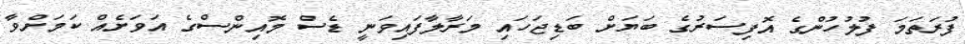
ފުރަތަމަ ފުލުހުންގެ އޮފިސަރުގެ ބަޔަށް ބަޑިޖަހައި މަރާލާފައިވަނީ ޑެސް މޮއިންސްގެ އަވަށެއް ކަމަށްވާ